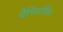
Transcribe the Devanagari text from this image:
चैमियांशिप